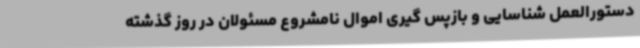
دستورالعمل شناسایی و بازپس گیری اموال نامشروع مسئولان در روز گذشته